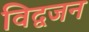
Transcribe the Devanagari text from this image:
विद्वजन